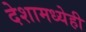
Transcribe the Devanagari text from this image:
देशामध्येही